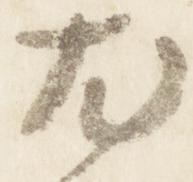
尤